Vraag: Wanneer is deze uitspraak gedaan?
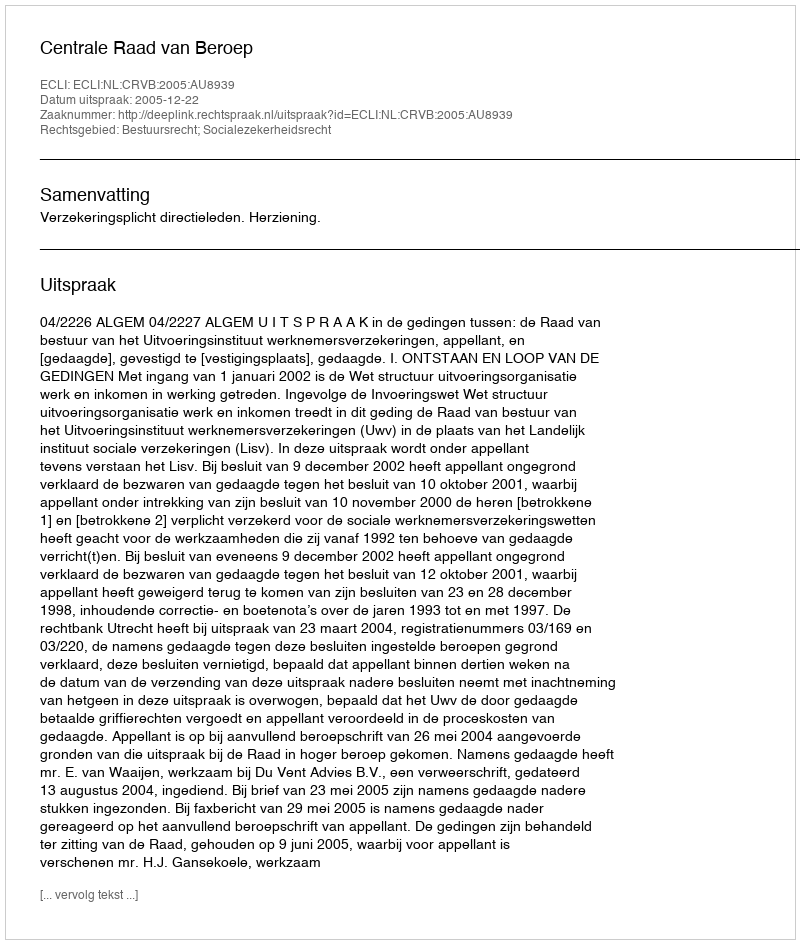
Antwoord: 2005-12-22